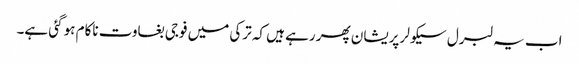
اب یہ لبرل سیکولر پریشان پھر رہے ہیں کہ ترکی میں فوجی بغاوت ناکام ہو گئی ہے۔